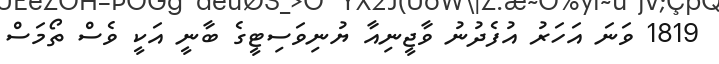
1819 ވަނަ އަހަރު އުފެދުނު ވާޖީނިއާ ޔުނިވަސިޓީގެ ބާނީ އަކީ ވެސް ތޯމަސް